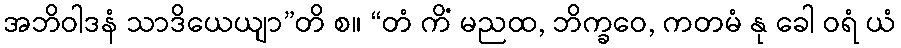
အဘိဝါဒနံ သာဒိယေယျာ”တိ စ။ “တံ ကိံ မညထ, ဘိက္ခဝေ, ကတမံ နု ခေါ ဝရံ ယံ